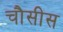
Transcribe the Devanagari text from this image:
चौसीस